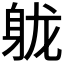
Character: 𬧢